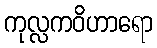
ကုလ္လကဝိဟာရော